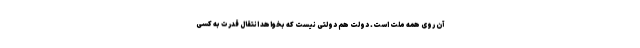
آن روی همه ملت است. دولت هم دولتی نیست که بخواهد انتقال قدرت به کسی